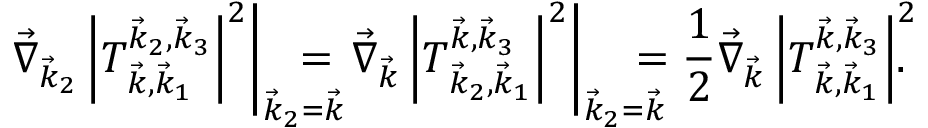
\! \left. \vec { \nabla } _ { \vec { k } _ { 2 } } \left| T _ { \vec { k } , \vec { k } _ { 1 } } ^ { \vec { k } _ { 2 } , \vec { k } _ { 3 } } \right| ^ { 2 } \right| _ { \vec { k } _ { 2 } = \vec { k } } \! \! \! \! \! \! \! \! = \left. \vec { \nabla } _ { \vec { k } } \left| T _ { \vec { k } _ { 2 } , \vec { k } _ { 1 } } ^ { \vec { k } , \vec { k } _ { 3 } } \right| ^ { 2 } \right| _ { \vec { k } _ { 2 } = \vec { k } } \! \! \! \! \! \! = \frac { 1 } { 2 } \vec { \nabla } _ { \vec { k } } \left| T _ { \vec { k } , \vec { k } _ { 1 } } ^ { \vec { k } , \vec { k } _ { 3 } } \right| ^ { 2 } \! \! \! \! .